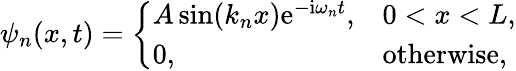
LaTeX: \psi_{n}(x,t)={\left\{ \begin{array}{ll}{A\sin(k_{n}x)\mathrm{e}^{-\mathrm{i}\omega_{n}t},}&{0<x<L,}\\ {0,}&{{\mathrm{otherwise,}}}\end{array}\right.}